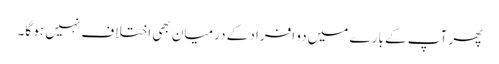
پھر آپ کے بارے میں دو افراد کے درمیان بھی اختلاف نہیں ہو گا۔